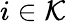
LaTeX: i\in\mathcal K